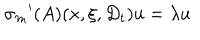
LaTeX: { { \sigma } _ { m } } ^ { \prime } ( A ) ( x , \xi , D _ { t } ) u = \lambda u